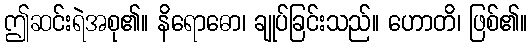
ဤဆင်းရဲအစု၏။ နိရောဓော၊ ချုပ်ခြင်းသည်။ ဟောတိ၊ ဖြစ်၏။